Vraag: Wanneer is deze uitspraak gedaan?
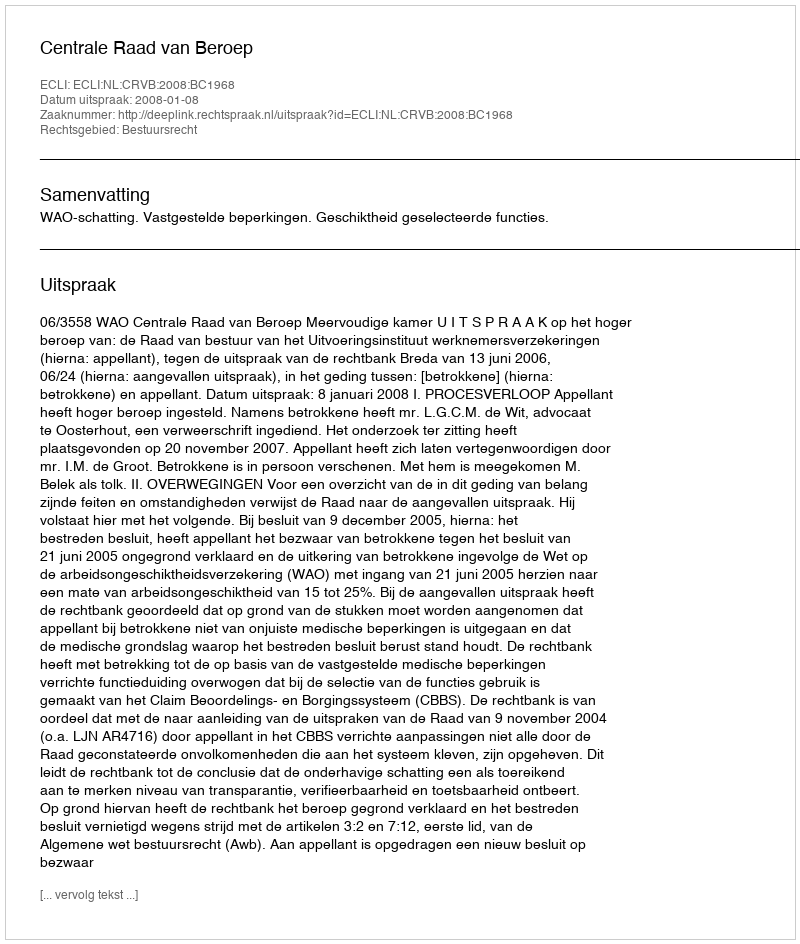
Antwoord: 2008-01-08